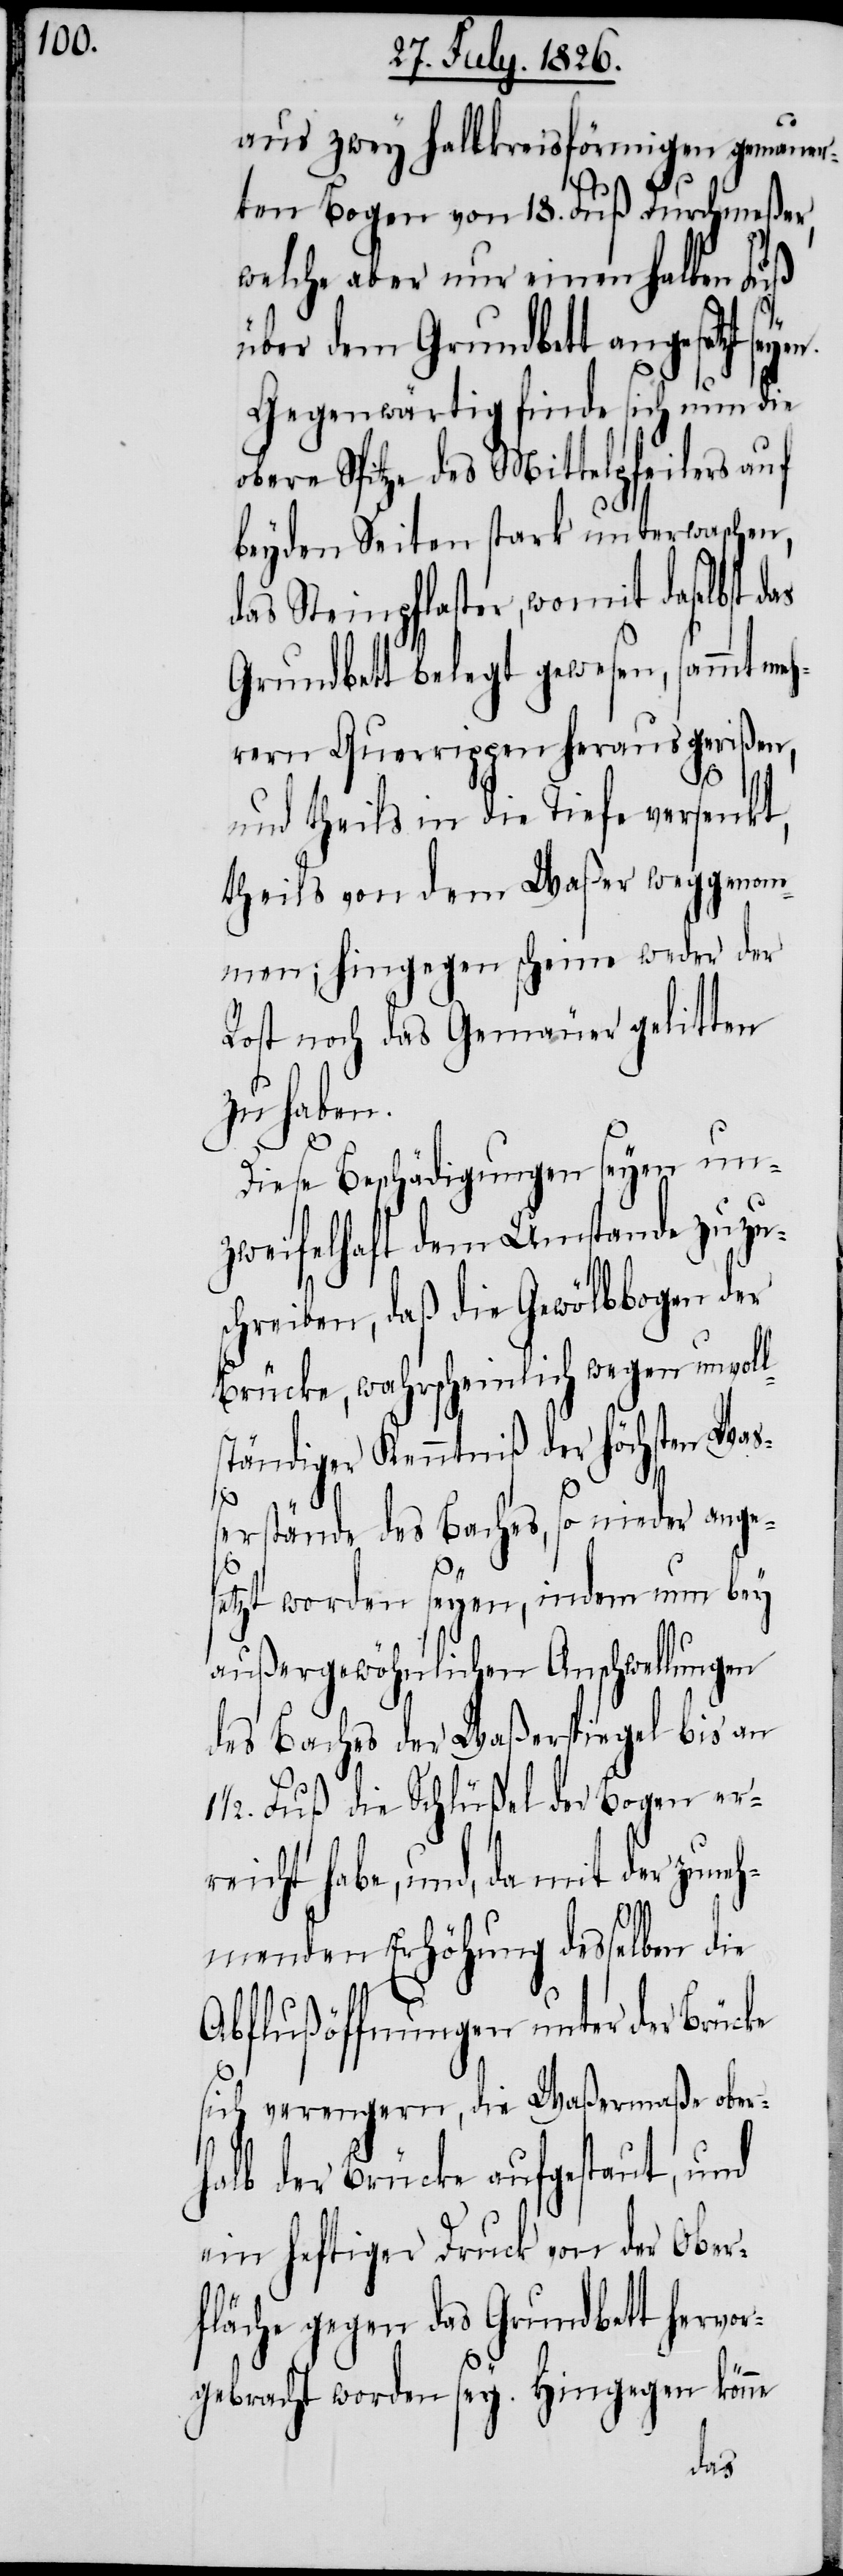
aus zwey halbkreisförmigen gemauer¬
ten Bogen von 18. Fuß Durchmeßer,
welche aber nur einen halben Fuß
über dem Grundbett angesetzt
Gegenwärtig finde sich nun die
obere Spitze des Mittelpfeilers auf
beyden Seiten stark unterwaschen,
das Steinpflaster, womit daselbst d¬
Grundbett belegt gewesen, sammt me¬
hrern Querrippen herausgerißen,
und theils in die Tiefe versenkt,
theils von dem Waßer weggenom¬
men; hingegen scheine weder der
Rost noch das Gemäuer gelitten
zu haben.
Diese Beschädigungen seyen un¬
zweifelhaft dem Umstande zuzus¬
chreiben, daß die Gewölbbogen der
Brücke, wahrscheinlich wegen unvoll¬
ständiger Kenntniß der höchsten Waß¬
erstände des Baches, so nieder ange¬
setzt worden seyen, indem nun bey
außergewöhnlichen Anschwellungen
des Baches der Waßerspiegel bis an
1/2. Fuß die Schlüßel der Bogen er¬
reicht habe, und, da mit der zuneh¬
menden Erhöhung desselben die
Abflußöffnungen unter der Brücke
sich verengern, die Waßermaße ober¬
halb der Brücke aufgestaut, und
ein heftiger Druck von der Ober¬
fläche gegen das Grundbett hervor¬
gebracht worden sey. Hingegen könne
as